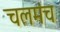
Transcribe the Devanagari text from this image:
चलमंच